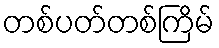
တစ်ပတ်တစ်ကြိမ်